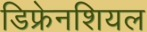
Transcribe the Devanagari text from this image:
डिफ्रेनशियल